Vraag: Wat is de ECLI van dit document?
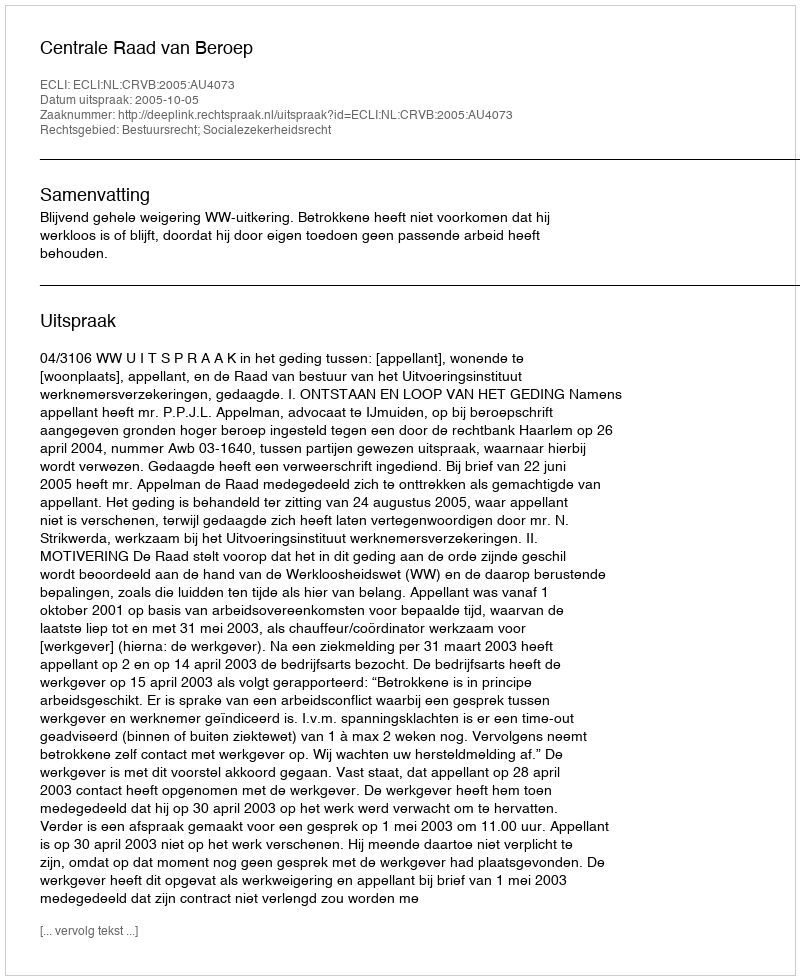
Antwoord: ECLI:NL:CRVB:2005:AU4073